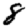
Digit: 8